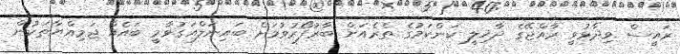
ރައީސް ވިދާޅުވީ ރާއްޖޭގެ ދާޚިލީ ކަންކަމުގެ ތެރެއަށް ބާރުފޯރުވުމަށް ބައިނަލްއަގުވާމީ ބައެއް ޖަމިއްޔާތަކުން